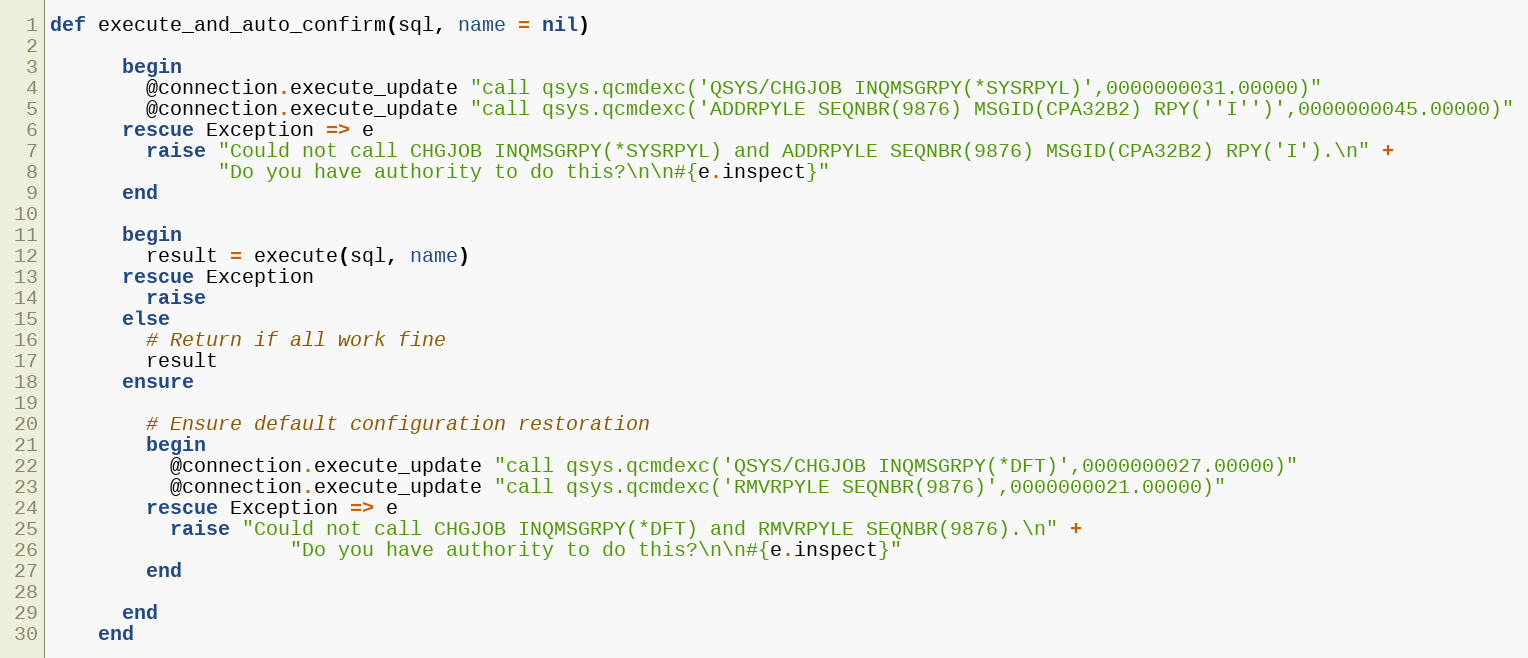
Language: Ruby
def execute_and_auto_confirm(sql, name = nil)

      begin
        @connection.execute_update "call qsys.qcmdexc('QSYS/CHGJOB INQMSGRPY(*SYSRPYL)',0000000031.00000)"
        @connection.execute_update "call qsys.qcmdexc('ADDRPYLE SEQNBR(9876) MSGID(CPA32B2) RPY(''I'')',0000000045.00000)"
      rescue Exception => e
        raise "Could not call CHGJOB INQMSGRPY(*SYSRPYL) and ADDRPYLE SEQNBR(9876) MSGID(CPA32B2) RPY('I').\n" +
              "Do you have authority to do this?\n\n#{e.inspect}"
      end

      begin
        result = execute(sql, name)
      rescue Exception
        raise
      else
        # Return if all work fine
        result
      ensure

        # Ensure default configuration restoration
        begin
          @connection.execute_update "call qsys.qcmdexc('QSYS/CHGJOB INQMSGRPY(*DFT)',0000000027.00000)"
          @connection.execute_update "call qsys.qcmdexc('RMVRPYLE SEQNBR(9876)',0000000021.00000)"
        rescue Exception => e
          raise "Could not call CHGJOB INQMSGRPY(*DFT) and RMVRPYLE SEQNBR(9876).\n" +
                    "Do you have authority to do this?\n\n#{e.inspect}"
        end

      end
    end